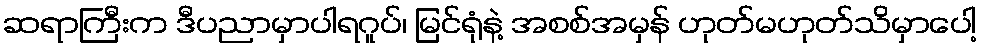
ဆရာကြီးက ဒီပညာမှာပါရဂူပ်၊ မြင်ရုံနဲ့ အစစ်အမှန် ဟုတ်မဟုတ်သိမှာပေါ့